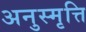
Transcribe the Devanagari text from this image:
अनुस्मृत्ति